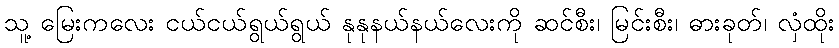
သူ့ မြေးကလေး ငယ်ငယ်ရွယ်ရွယ် နုနုနယ်နယ်လေးကို ဆင်စီး၊ မြင်းစီး၊ ဓားခုတ်၊ လှံထိုး